Civil Veterinary Dept. Assam report 1927-50 - 1927-1950
Year: 1927
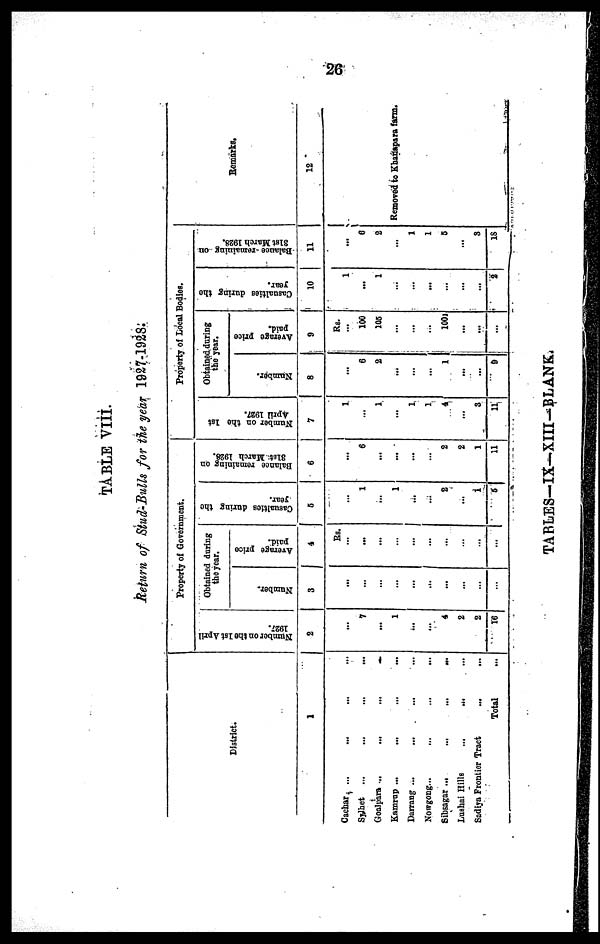
26
TABLE VIII.
Return of Stud-Bulls for the year 1927-1928.
District.
1
Cachar ... ... ... ...
Sylhet ... ... ... ...
Goalpara ...
...
...
...
Kamrup ...
...
...
...
Darrang ...
... ... ...
Nowgong...
...
...
...
Sibsagar ...
...
...
...
Lushai Hills
... ... ...
Sadiya Frontier Tract ... ...
Total ...
Property of Government.
Number on the 1st April
1927.
2
...
1
...
1
...
...
4
2
2
16
Obtained daring
the year.
Number,
3
...
...
...
...
...
...
...
...
...
...
Average price
paid.
4
Rs.
...
...
...
...
...
...
...
...
...
...
Casualties during the
year.
5
...
1
...
1
...
...
2
...
1
5
Balance remaining on
31st March 1928.
6
...
6
...
...
...
...
2
2
1
11
Property of Local Bodies.
Number on the 1st
April 1927.
7
1
...
1
...
1
1
4
...
3
11
Obtained during
the year.
Number.
8
...
6
2
...
...
...
1
...
...
... 9
Average price
paid.
9
Rs.
...
100
105
...
...
...
100
...
...
...
Casualties during the
year.
10
1
...
1
...
...
...
...
...
...
2
-Balance-remaining on.
31st March 1928.
11
...
6
2
...
1
1
6
...
3
18
Remarks.
12
Removed to Khanapara farm.
TABLES—IX—XIII—BLANK.